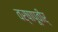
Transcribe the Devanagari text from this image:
वर्षापूवीर्